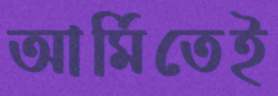
আর্মিতেই